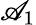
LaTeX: \mathscr{A}_{1}